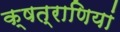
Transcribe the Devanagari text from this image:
क्षत्राणियां